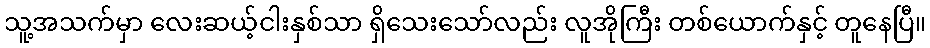
သူ့အသက်မှာ လေးဆယ့်ငါးနှစ်သာ ရှိသေးသော်လည်း လူအိုကြီး တစ်ယောက်နှင့် တူနေပြီ။